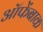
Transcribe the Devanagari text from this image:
ऑफेंबाक